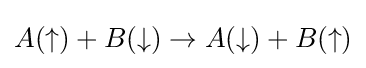
A(\uparrow )+B(\downarrow )\rightarrow A(\downarrow )+B(\uparrow )